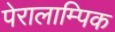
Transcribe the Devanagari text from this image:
पेरालाम्पिक